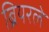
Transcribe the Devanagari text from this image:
ब्रियरले